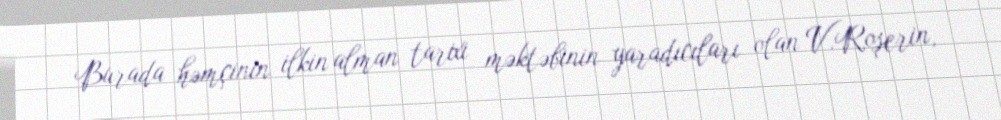
Burada həmçinin ilkin alman tarixi məktəbinin yaradıcıları olan V.Roşerin,